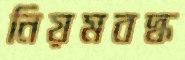
নিয়মবদ্ধ